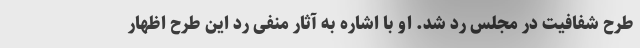
طرح شفافیت در مجلس رد شد. او با اشاره به آثار منفی رد این طرح اظهار